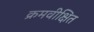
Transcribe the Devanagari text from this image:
क्रमवीक्षित